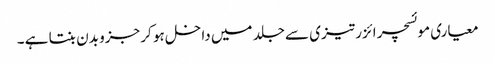
معیاری موئسچر ائزر تیزی سے جلد میں داخل ہو کر جزو بدن بنتا ہے ۔